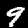
Label: 9